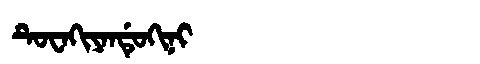
Manchu: ᡨᡠᠸᠠᡴᡳᠶᠠᠨᡩᡠᡴᡳᠨᡳ
Romanization: TUWAKIYANDUKINI